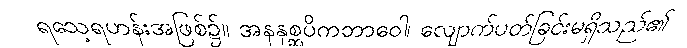
ရသေ့ရဟန်းအဖြစ်၌။ အနနုစ္ဆပိကဘာဝေါ၊ လျောက်ပတ်ခြင်းမရှိသည်၏